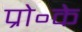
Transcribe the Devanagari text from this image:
प्रो॰के